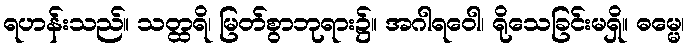
ရဟန်းသည်။ သတ္ထရိ၊ မြတ်စွာဘုရား၌။ အဂါရဝေါ၊ ရိုသေခြင်းမရှိ။ ဓမ္မေ၊